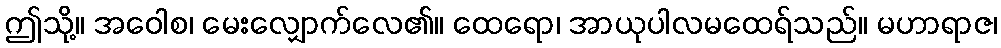
ဤသို့။ အဝေါစ၊ မေးလျှောက်လေ၏။ ထေရော၊ အာယုပါလမထေရ်သည်။ မဟာရာဇ၊